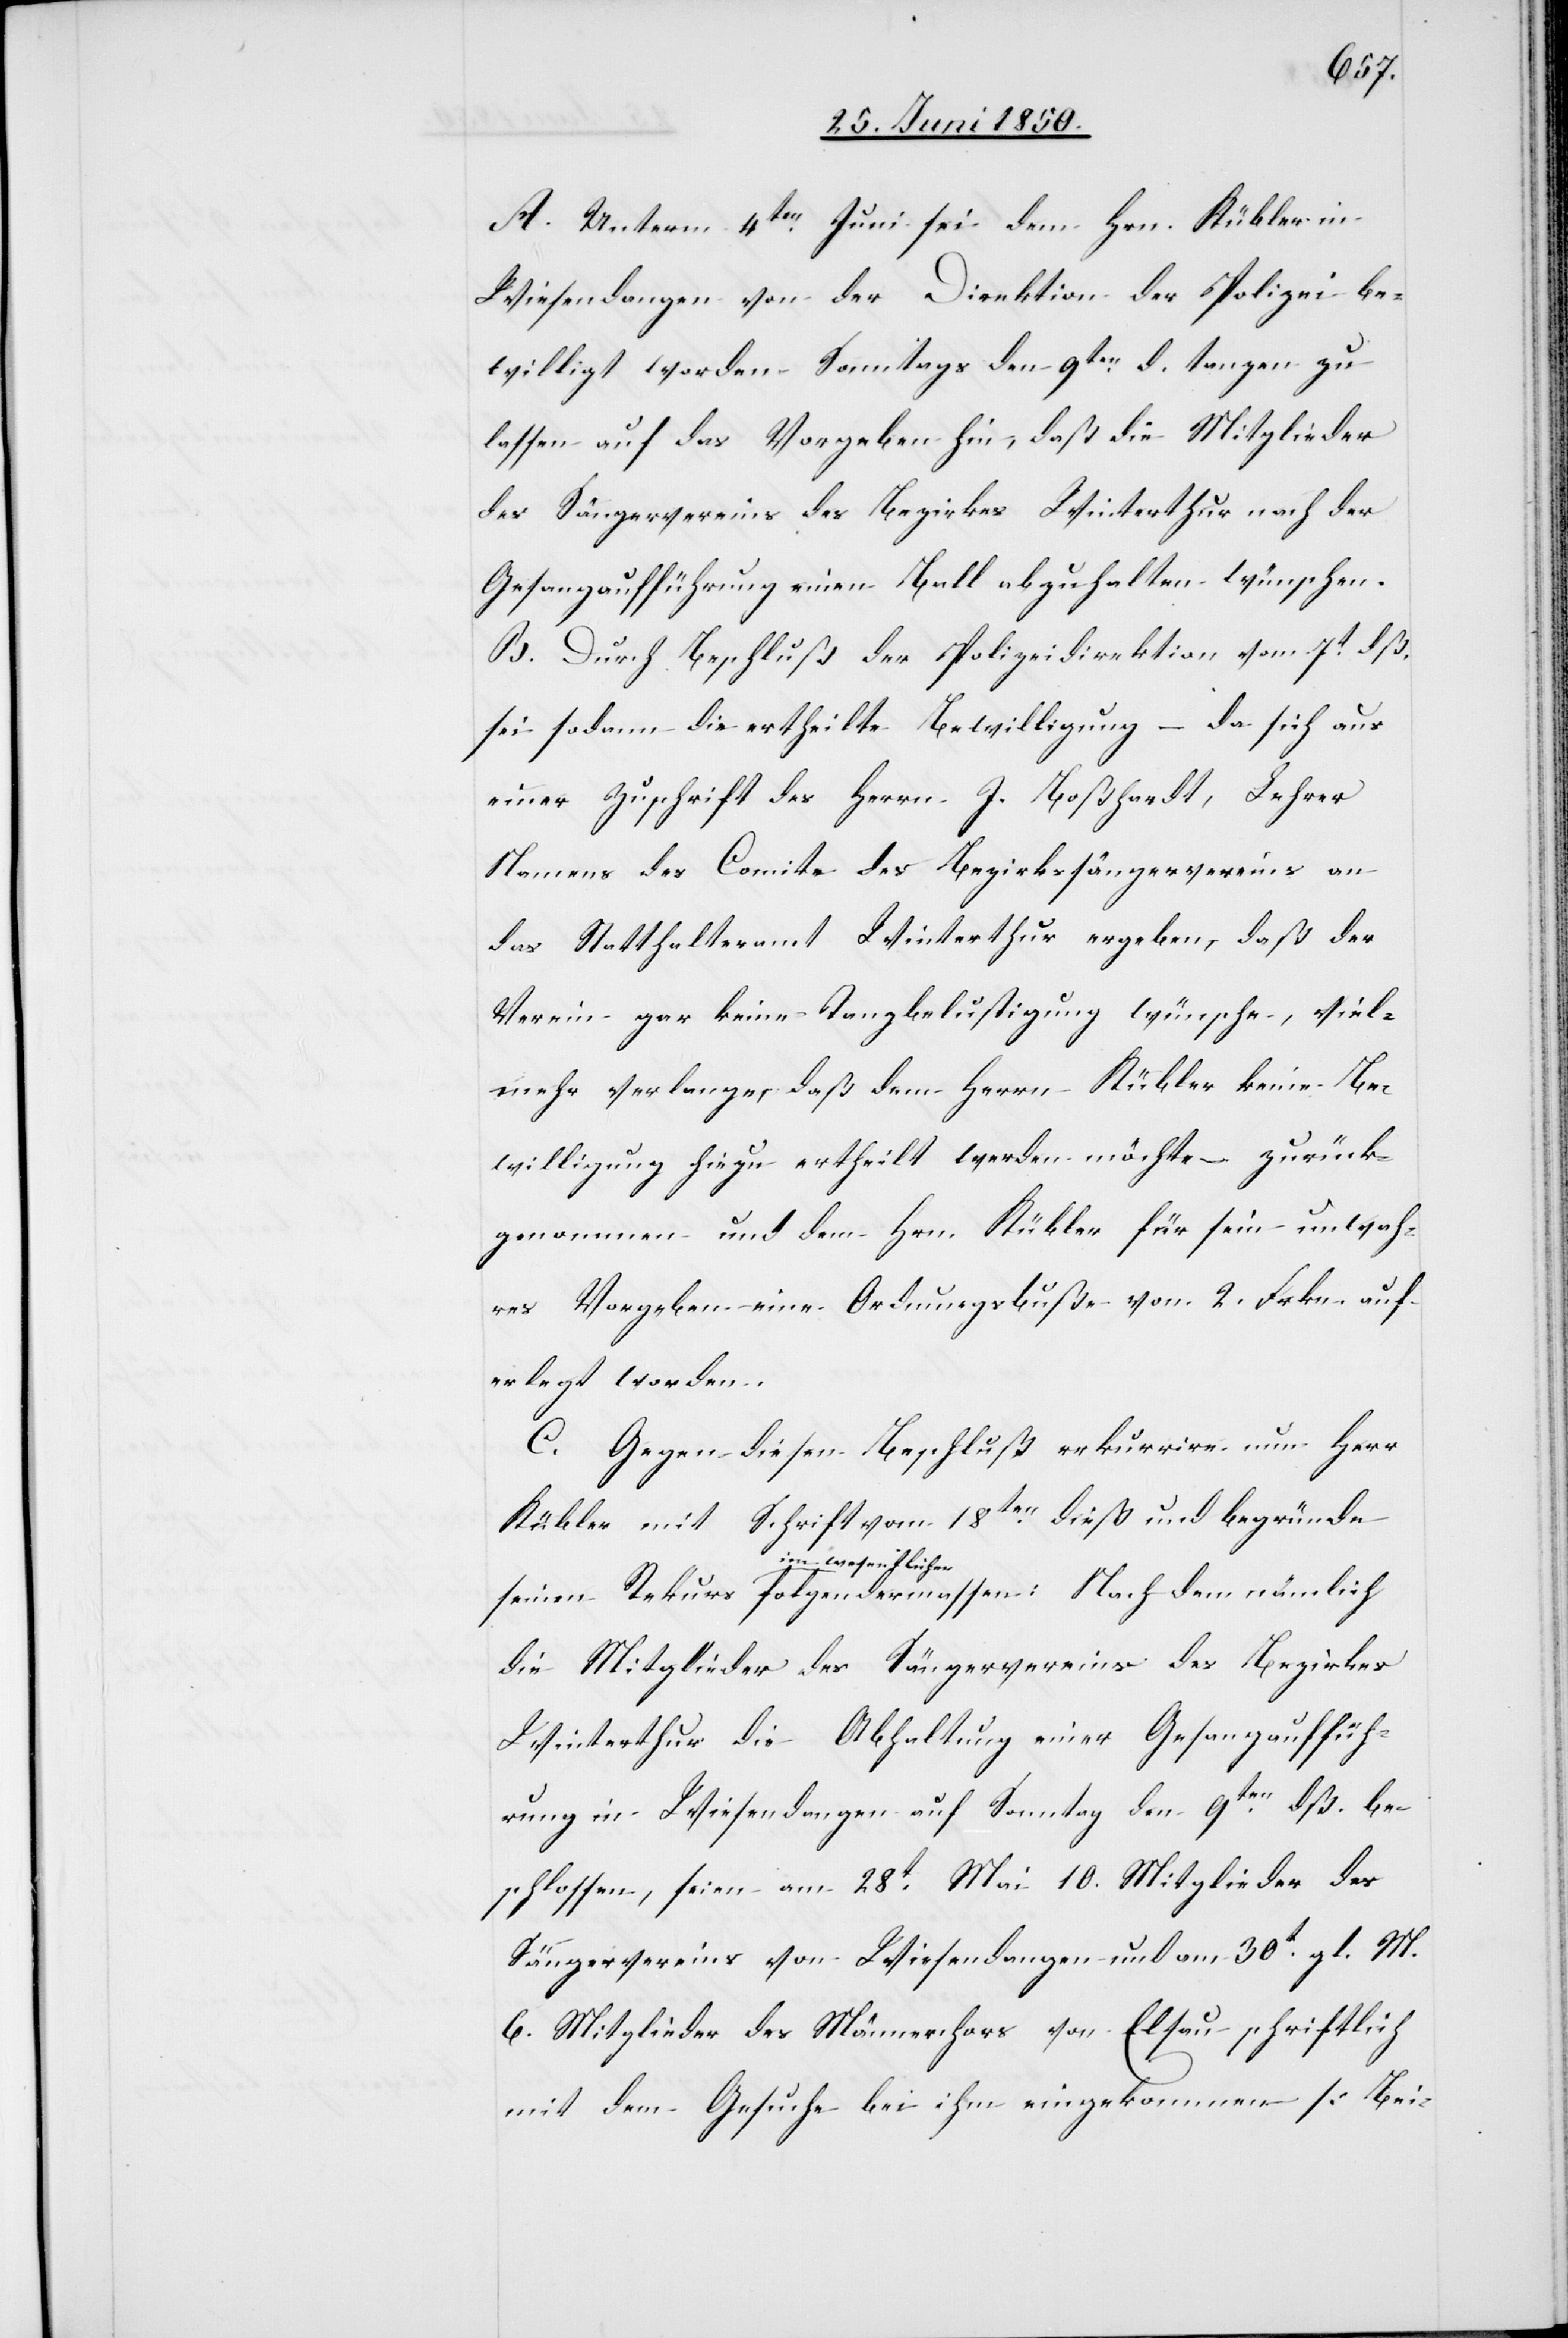
A. Unterm 4ten Juni sei dem Hrn. Kübler in
Wiesendangen von der Direktion der Polizei be¬
willigt worden Sonntags den 9ten d. tanzen zu
lassen auf das Vorgeben hin, daß die Mitglieder
des Sängervereins des Bezirkes Winterthur nach der
Gesangaufführung einen Ball abzuhalten wünschen.
B. Durch Beschluß der Polizeidirektion vom 7t dß.
sei sodann die ertheilte Bewilligung – da sich aus
einer Zuschrift des Herrn J. Boßhardt, Lehrer
Namens des Comite des Bezirkssängervereins an
das Statthalteramt Winterthur ergeben, daß der
Verein gar keine Tanzbelustigung wünsche, viel¬
mehr verlange, daß dem Herrn Kübler keine Be¬
willigung hiezu ertheilt werden möchte – zurück¬
genommen und dem Hrn. Kübler für sein unwah¬
res Vorgeben eine Ordnungsbuße von 2. Frkn. auf¬
erlegt worden.
C. Gegen diesen Beschluß rekurrire nun Herr
Kübler mit Schrift vom 18ten dieß und begründe
im wesentlichen
die Mitglieder des Sängervereins des Bezirkes
Winterthur die Abhaltung einer Gesangauffüh¬
rung in Wiesendangen auf Sonntag den 9ten dß. be¬
schlossen, seien am 28t Mai 10. Mitglieder des
Sängervereins von Wiesendangen und am 30t gl. M.
6. Mitglieder des Männerchors von Elsau schriftlich
mit dem Gesuche bei ihm eingekommen [Bei-